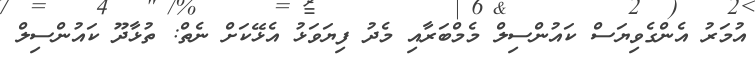
އުމަރު އެންގެވިޔަސް ކައުންސިލް މެމްބަރާއި މެދު ފިޔަވަޅު އެޅޭކަށް ނެތް: ތުޅާދޫ ކައުންސިލް